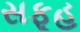
સફૂહ